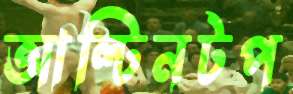
আল্টিনটপ